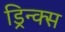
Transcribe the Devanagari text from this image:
ड्रिन्क्स